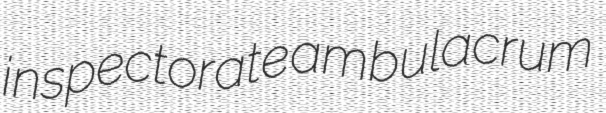
inspectorate ambulacrum